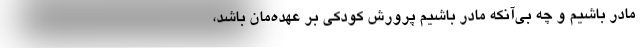
مادر باشیم و چه بی‌آنکه مادر باشیم پرورش کودکی بر عهده‌مان باشد،